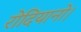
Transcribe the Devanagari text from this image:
रोदियानो।